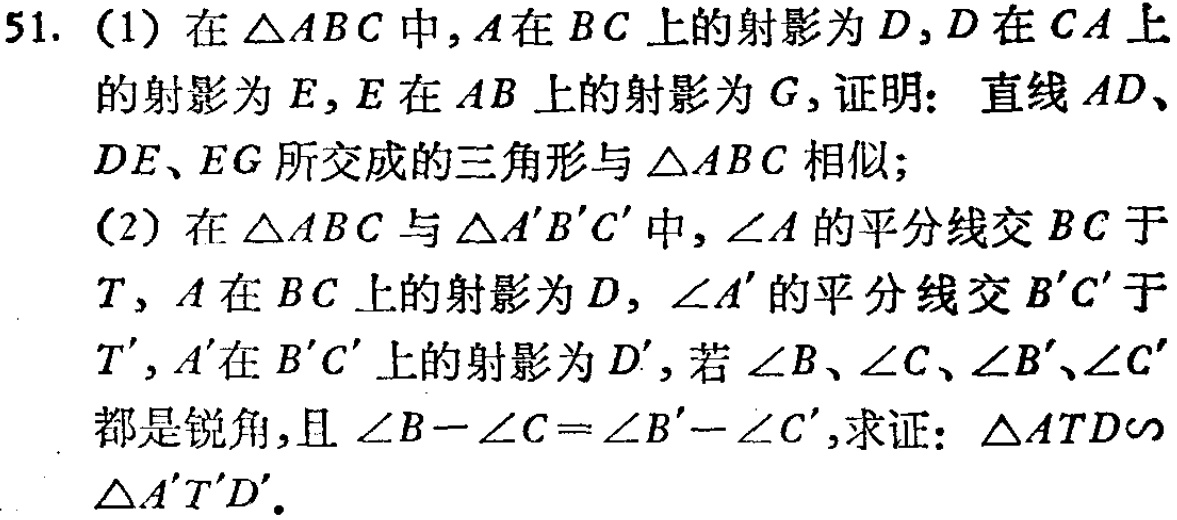
51. (1) 在\(\triangle ABC\)中，\(A\)在\(BC\)上的射影为\(D\)，\(D\)在\(CA\)上的射影为\(E\)，\(E\)在\(AB\)上的射影为\(G\)，证明：直线\(AD\)、\(DE\)、\(EG\)所交成的三角形与\(\triangle ABC\)相似；

(2) 在\(\triangle ABC\)与\(\triangle A'B'C'\)中，\(\angle A\)的平分线交\(BC\)于\(T\)，\(A\)在\(BC\)上的射影为\(D\)，\(\angle A'\)的平分线交\(B'C'\)于\(T'\)，\(A'\)在\(B'C'\)上的射影为\(D'\)，若\(\angle B\)、\(\angle C\)、\(\angle B'\)、\(\angle C'\)都是锐角，且\(\angle B - \angle C=\angle B' - \angle C'\)，求证：\(\triangle ATD\sim\triangle A'T'D'\)。